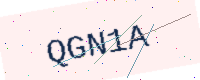
Text: QGN1A